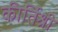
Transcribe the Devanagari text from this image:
कीर्तिश्री